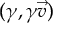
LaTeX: ( \gamma , \gamma { \vec { v } } )